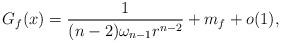
LaTeX: \begin{align*} G_f(x)=\frac{1}{(n-2)\omega_{n-1}r^{n-2}}+m_f+o(1),\end{align*}